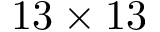
1 3 \times 1 3